Report of the Hyderabad Chloroform Commission
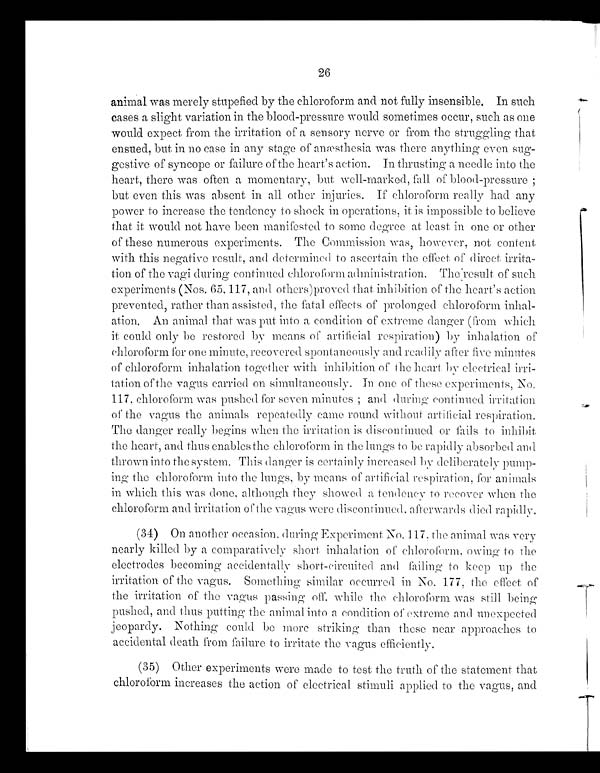
26
animal was merely stupefied by the chloroform and not fully insensible. In such
cases a slight variation in the blood-pressure would sometimes occur, such as one
would expect from the irritation of a sensory nerve or from the struggling that
ensued, but in no case in any stage of anæsthesia was there anything even sug-
gestive of syncope or failure of the heart's action. In thrusting a needle into the
heart, there was often a momentary, but well-marked, fall of blood-pressure;
but even this was absent in all other injuries. If chloroform really had any
power to increase the tendency to shock in operations, it is impossible to believe
that it would not have been manifested to some degree at, least in one or other
of these numerous experiments. The Commission was, however, not content
with this negative result, and determined to ascertain the effect of direct irrita-
tion of the vagi during continued chloroform administration. The result of such
experiments (Nos. 65, 117, and others)proved that inhibition of the heart's action
prevented, rather than assisted, the fatal effects of prolonged chloroform inhal-
ation. An animal that was put into a condition of extreme danger (from which
it could only be restored by means of artificial respiration) by inhalation of
chloroform for one minute, recovered spontaneously and readily after five minutes
of chloroform inhalation together with inhibition of the heart by electrical irri-
tation of the vagus carried on simultaneously. In one of these experiments, No.
117, chloroform was pushed for seven minutes; and during continued irritation
of the vagus the animals repeatedly came round without artificial respiration.
The danger really begins when the irritation is discontinued or fails to inhibit
the heart, and thus enables the chloroform in the lungs to be rapidly absorbed and
thrown into the system. This danger is certainly increased by deliberately pump
ing the chloroform into the lungs, by means of artificial respiration, for animals
in which this was done, although they showed a tendency to recover when the
chloroform and imitation o f t he vagus were discontinued, afterwards died rapidly.
(34) On another occasion, during Experiment No. 117, the animal was very
nearly killed by a comparatively short inhalation of chloroform, owing to the
electrodes becoming accidentally short-circuited and tailing to keep up the
irritation of the vagus. Something similar occurred in No. 177, the effect of
the irritation of the vagus passing off. while the chloroform was still being
pushed, and thus putting the animal into a condition of extreme and unexpected
jeopardy. Nothing could be more striking than these near approaches to
accidental death from failure to irritate the vagus efficiently.
(35) Other experiments were made to test the truth of the statement that
chloroform increases the action of electrical stimuli applied to the vagus, and